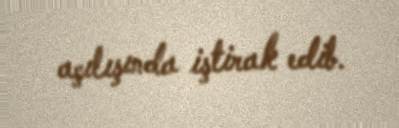
açılışında iştirak edib.